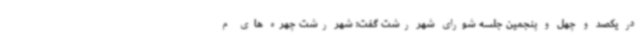
در یکصد و چهل و پنجمین جلسه شورای شهر رشت گفت: شهر رشت چهره های م